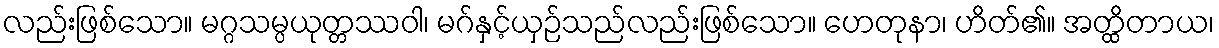
လည်းဖြစ်သော။ မဂ္ဂသမ္ပယုတ္တဿဝါ၊ မဂ်နှင့်ယှဉ်သည်လည်းဖြစ်သော။ ဟေတုနာ၊ ဟိတ်၏။ အတ္ထိတာယ၊